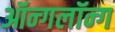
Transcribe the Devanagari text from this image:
ऑन्गलॉन्ग